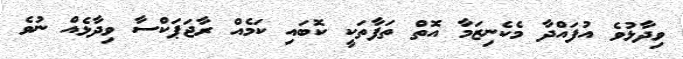
ވިދާޅުވެ އުފައްދާ މެކެނިޒަމާ އޮތް ތަފާތަކީ ކޮބައި ކަމެއް ރާޖަޕަކްސާ ވިދާޅެއް ނުވެ